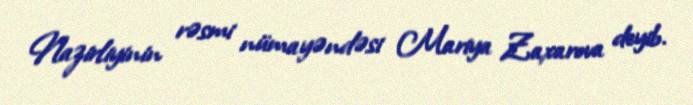
Nazirliyinin rəsmi nümayəndəsi Mariya Zaxarova deyib.